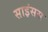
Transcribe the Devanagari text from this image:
साइंसस